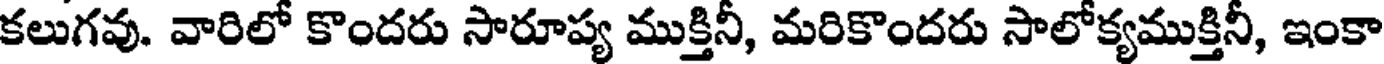
కలుగవు. వారిలో కొందరు సారూప్య ముక్తినీ, మరికొందరు సాలోక్యముక్తినీ, ఇంకా